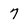
Character: 7